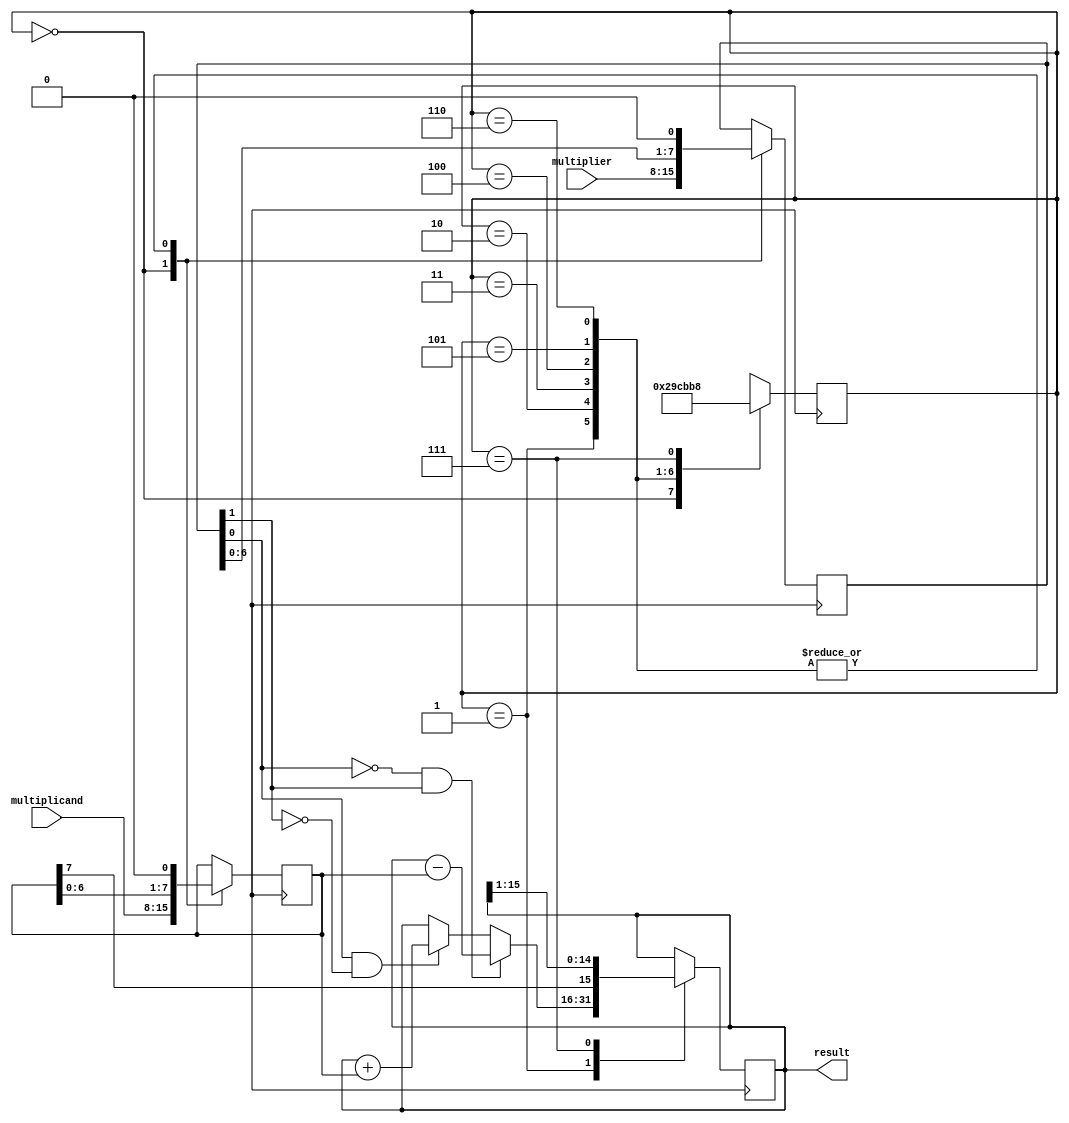
module sequential_booth_multiplier(
    input [7:0] multiplicand,
    input [7:0] multiplier,
    output reg [15:0] result
);

reg [7:0] A;
reg [7:0] q;
reg [2:0] state;

always @ (posedge clock) begin
    case (state)
        0: begin
            A <= multiplicand;
            q <= multiplier;
            state <= 1;
        end
        1: begin
            if (q[0] == 1 && q[1] == 0) begin
                result <= result + A;
            end
            if (q[0] == 0 && q[1] == 1) begin
                result <= result - A;
            end
            A <= A << 1;
            q <= q << 1;
            state <= 2;
        end
        2: begin
            A <= A << 1;
            q <= q << 1;
            state <= 3;
        end
        3: begin
            A <= A << 1;
            q <= q << 1;
            state <= 4;
        end
        4: begin
            A <= A << 1;
            q <= q << 1;
            state <= 5;
        end
        5: begin
            A <= A << 1;
            q <= q << 1;
            state <= 6;
        end
        6: begin
            A <= A << 1;
            q <= q << 1;
            state <= 7;
        end
        7: begin
            result <= {A[7], result[15:1]}; // shift A by 8 bits
            state <= 0;
        end
    endcase
end

endmodule